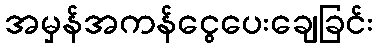
အမှန်အကန်ငွေပေးချေခြင်း